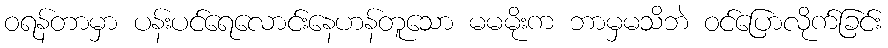
ဝရန်တာမှာ ပန်းပင်ရေလောင်းနေဟန်တူသော မမမိုးက ဘာမှမသိဘဲ ဝင်ပြောလိုက်ခြင်း